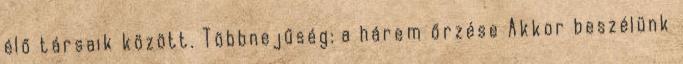
élő társaik között. Többnejűség: a hárem őrzése Akkor beszélünk